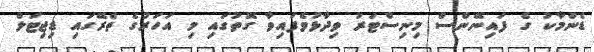
ޑެންމާކު ގެ ފައިނޭންސް މިނިސްޓަރު ވިދާޅުވެފައިވާ ގޮތުގައި މި އަހަރުގެ ތެރޭގައި ޑިޖިޓަލް